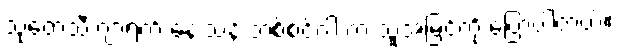
သုတေသီ ဂျာရက် နေးသန် ဘစ်စင်ဂါ က သူ့အမြင်ကို ပြောပါတယ်။